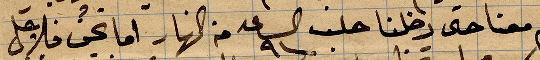
دعم معنا حتى دخلنا حلب الساعة ٩ من النهار اما نحن فلأجل